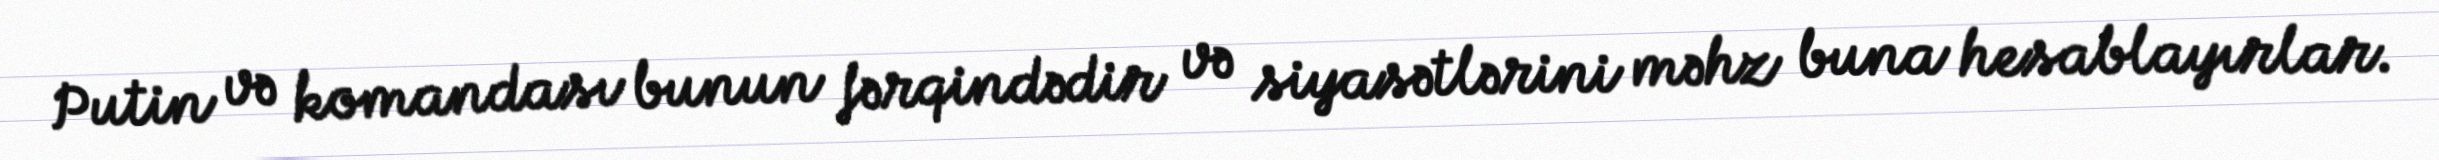
Putin və komandası bunun fərqindədir və siyasətlərini məhz buna hesablayırlar.